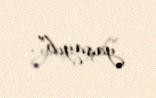
yaşayıb”.